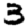
Digit: 3